65_HS1-834228961_62-HQ-83894_Section_2
Agency: FBI
Page 157
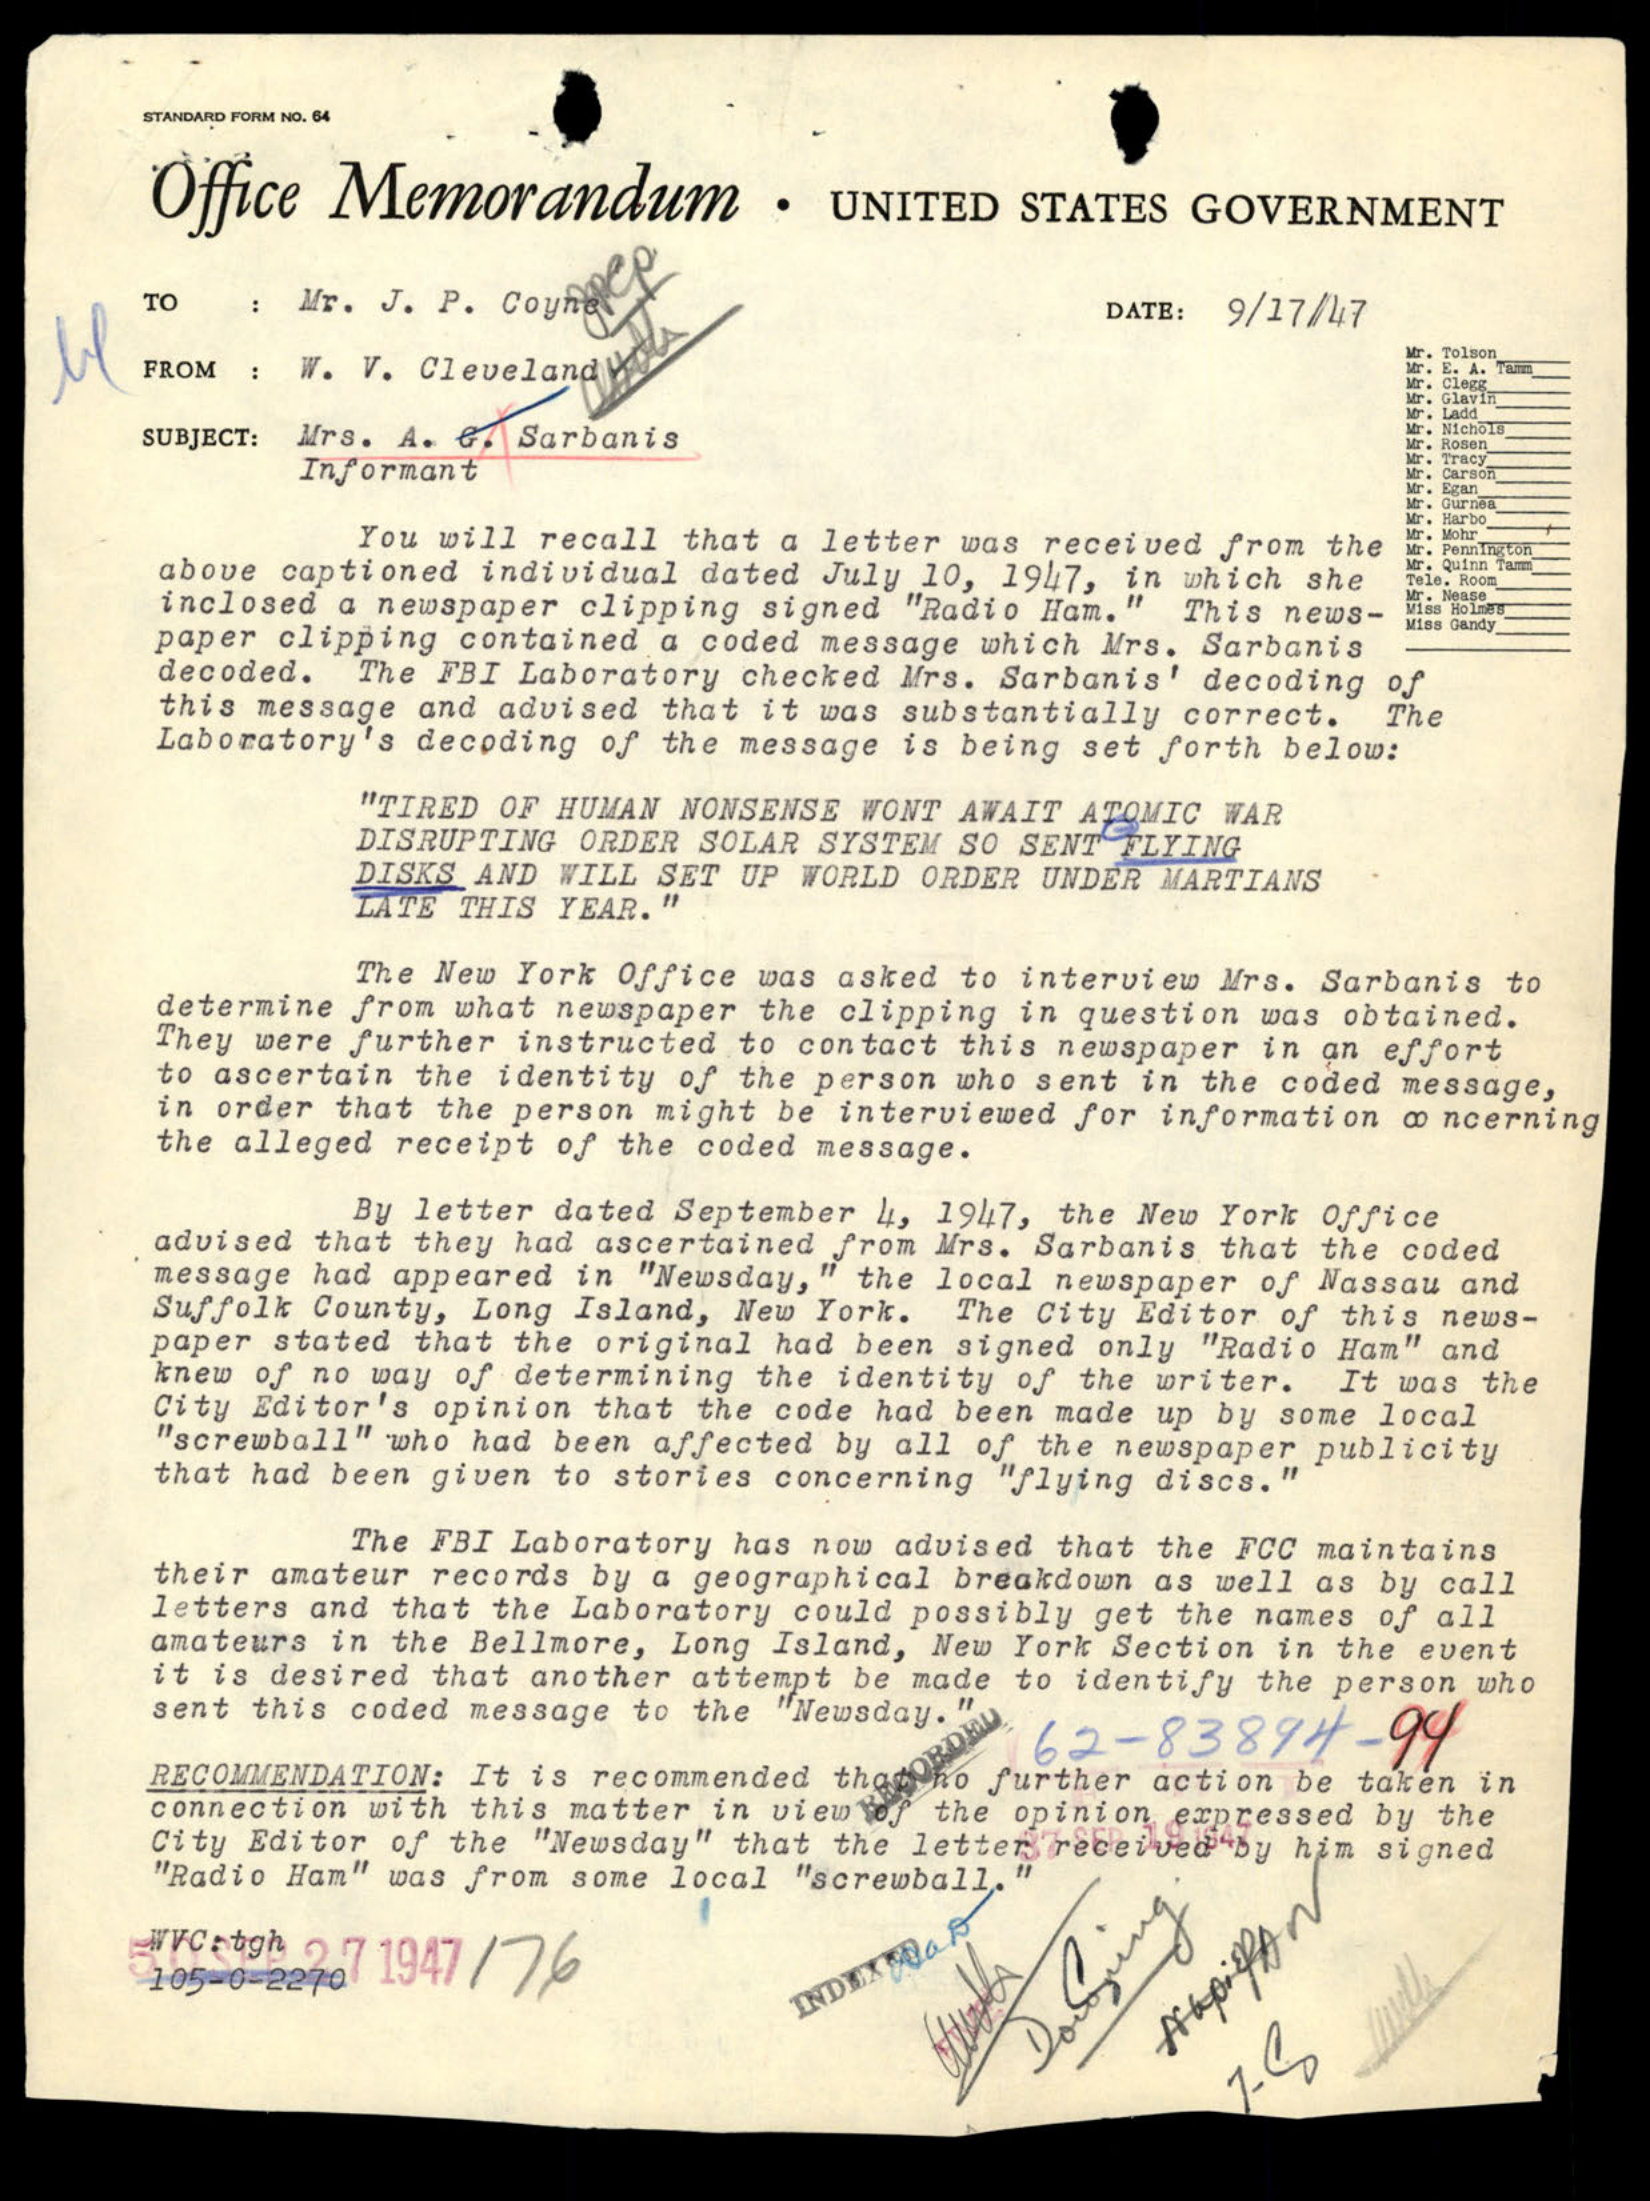